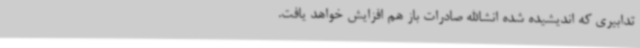
تدابیری که اندیشیده شده انشاالله صادرات باز هم افزایش خواهد یافت.